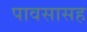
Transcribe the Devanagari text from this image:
पावसासह